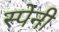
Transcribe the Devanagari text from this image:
स्‍पेनी